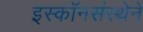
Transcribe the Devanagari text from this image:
इस्कॉनसंस्थेने